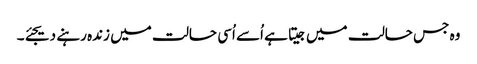
وہ جس حالت میں جیتا ہے اُسے اُسی حالت میں زندہ رہنے دیجئے۔